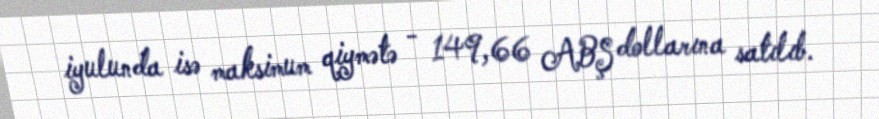
iyulunda isə maksimum qiymətə - 149,66 ABŞ dollarına satılıb.